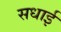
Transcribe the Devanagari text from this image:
सधाई